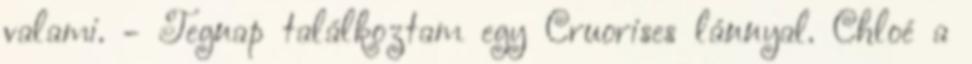
valami. - Tegnap találkoztam egy Cruorises lánnyal. Chloé a